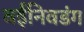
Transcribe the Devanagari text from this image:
वईनिवडंग